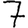
Digit: 7